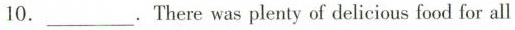
10.___.There was plenty of delicious food for all